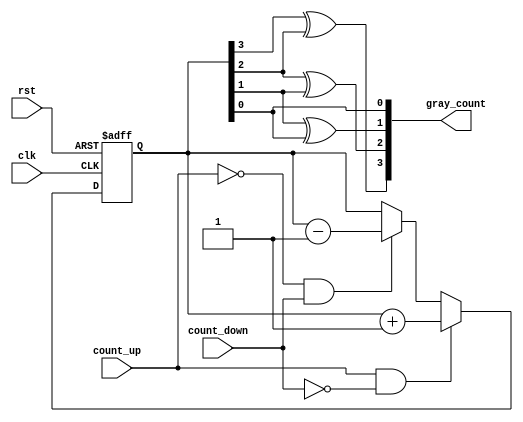
module gray_counter (
    input wire clk,
    input wire rst,
    input wire count_up,
    input wire count_down,
    output reg [3:0] gray_count
);

reg [3:0] count_value;

always @(posedge clk or posedge rst) begin
    if (rst) begin
        count_value <= 4'b0000;
    end else begin
        if (count_up && !count_down) begin
            count_value <= count_value + 1;
        end else if (!count_up && count_down) begin
            count_value <= count_value - 1;
        end
    end
end

assign gray_count = {count_value[3]^count_value[2], count_value[2]^count_value[1], count_value[1]^count_value[0], count_value[0]};

endmodule